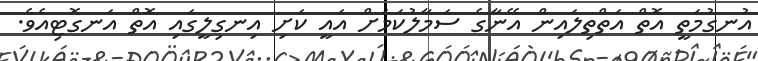
އުނގުމަތީ އޮތް އަތްތިލައިން އޭނާގެ ސަމާލުކަމަށް އައީ ކަށި އިނގިލީގައި އޮތް އަނގޮޓިއެވެ.